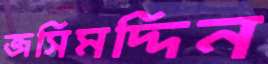
জসিমদ্দিন